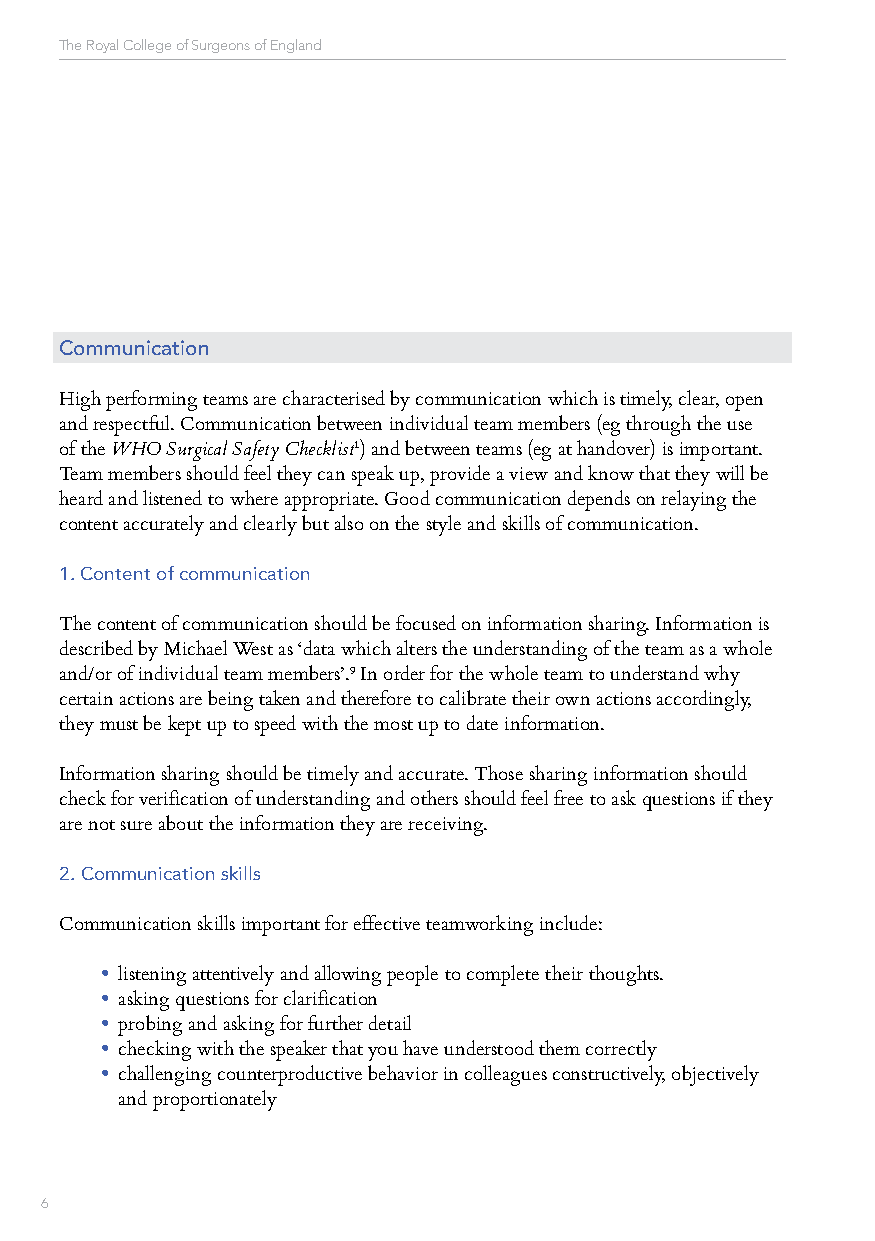
The Royal College of Surgeons of England
 Communication
 High performing teams are characterised by communication which is timely, clear, open
 and respectful. Communication between individual team members (eg through the use
 of the WHO Surgical Safety Checklist1) and between teams (eg at handover) is important.
 Team members should feel they can speak up, provide a view and know that they will be
 heard and listened to where appropriate. Good communication depends on relaying the
 content accurately and clearly but also on the style and skills of communication.
 1. Content of communication
 The content of communication should be focused on information sharing. Information is
 described by Michael West as ‘data which alters the understanding of the team as a whole
 and/or of individual team members’.9 In order for the whole team to understand why
 certain actions are being taken and therefore to calibrate their own actions accordingly,
 they must be kept up to speed with the most up to date information.
 Information sharing should be timely and accurate. Those sharing information should
 check for verification of understanding and others should feel free to ask questions if they
 are not sure about the information they are receiving.
 2. Communication skills
 Communication skills important for effective teamworking include:
 • listening attentively and allowing people to complete their thoughts.
 • asking questions for clarification
 • probing and asking for further detail
 • checking with the speaker that you have understood them correctly
 • challenging counterproductive behavior in colleagues constructively, objectively
 and proportionately
 6